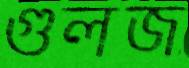
গুলজ